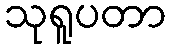
သုရူပတာ